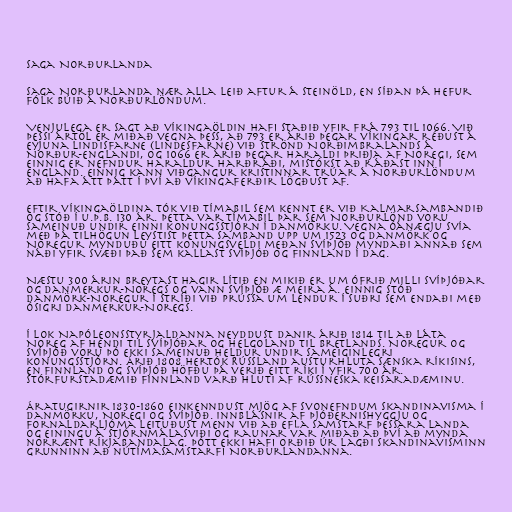
Saga Norðurlanda

Saga Norðurlanda nær alla leið aftur á steinöld, en síðan þá hefur
fólk búið á Norðurlöndum.

Venjulega er sagt að víkingaöldin hafi staðið yfir frá 793 til 1066. Við
þessi ártöl er miðað vegna þess, að 793 er árið þegar víkingar réðust á
eyjuna Lindisfarne (Lindesfarne) við strönd Norðimbralands á
Norður-Englandi, og 1066 er árið þegar Haraldi þriðja af Noregi, sem
einnig er nefndur Haraldur harðráði, mistókst að ráðast inn í
England. Einnig kann viðgangur kristinnar trúar á Norðurlöndum
að hafa átt þátt í því að víkingaferðir lögðust af.

Eftir víkingaöldina tók við tímabil sem kennt er við Kalmarsambandið
og stóð í u.þ.b. 130 ár. Þetta var tímabil þar sem Norðurlönd voru
sameinuð undir einni konungsstjórn í Danmörku. Vegna óánægju Svía
með þá tilhögun leystist þetta samband upp um 1523 og Danmörk og
Noregur mynduðu eitt konungsveldi meðan Svíþjóð myndaði annað sem
náði yfir svæði það sem kallast Svíþjóð og Finnland í dag.

Næstu 300 árin breytast hagir lítið en mikið er um ófrið milli Svíþjóðar
og Danmerkur-Noregs og vann Svíþjóð æ meira á. Einnig stóð
Danmörk-Noregur í stríði við Prússa um lendur í suðri sem endaði með
ósigri Danmerkur-Noregs.

Í lok Napóleonsstyrjaldanna neyddust Danir árið 1814 til að láta
Noreg af hendi til Svíþjóðar og Helgoland til Bretlands. Noregur og
Svíþjóð voru þó ekki sameinuð heldur undir sameiginlegri
konungsstjórn. Árið 1808 hertók Rússland austurhluta sænska ríkisins,
en Finnland og Svíþjóð höfðu þá verið eitt ríki í yfir 700 ár.
Stórfurstadæmið Finnland varð hluti af rússneska keisaradæminu.

Áratugirnir 1830-1860 einkenndust mjög af svonefndum skandinavisma í
Danmörku, Noregi og Svíþjóð. Innblásnir af þjóðernishyggju og
fornaldarljóma leituðust menn við að efla samstarf þessara landa
og einingu á stjórnmálasviði og raunar var miðað að því að mynda
norrænt ríkjabandalag. Þótt ekki hafi orðið úr lagði skandinavisminn
grunninn að nútímasamstarfi Norðurlandanna.